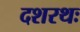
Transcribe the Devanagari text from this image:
दशरथः